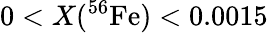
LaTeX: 0<X(^{56}\mathrm{Fe})<0.0015